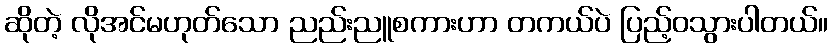
ဆိုတဲ့ လိုအင်မဟုတ်သော ညည်းညူစကားဟာ တကယ်ပဲ ပြည့်ဝသွားပါတယ်။